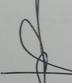
Signature authenticity: forged